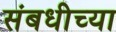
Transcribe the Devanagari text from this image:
संबधीच्या